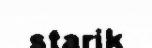
starik